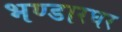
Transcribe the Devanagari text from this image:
भण्डारघर